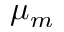
\mu _ { m }